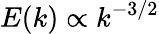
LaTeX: E(k)\propto k^{-3/2}